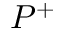
P ^ { + }